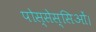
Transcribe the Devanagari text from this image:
पोस्सेस्सिओं।